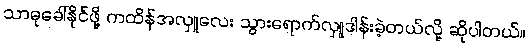
သာဓုခေါ်နိုင်ဖို့ ကထိန်အလှူလေး သွားရောက်လှူဒါန်းခဲ့တယ်လို့ ဆိုပါတယ်။